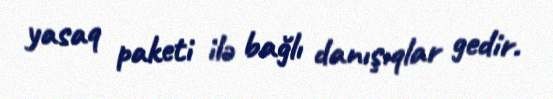
yasaq paketi ilə bağlı danışıqlar gedir.